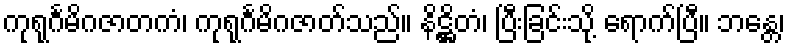
ကုရုင်္ဂမိဂဇာတကံ၊ ကုရုင်္ဂမိဂဇာတ်သည်။ နိဋ္ဌိတံ၊ ပြီးခြင်းသို့ ရောက်ပြီ။ ဘန္တေ၊